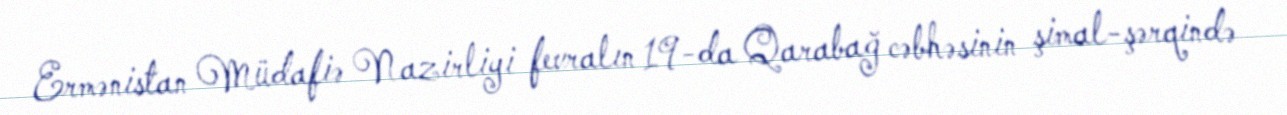
Ermənistan Müdafiə Nazirliyi fevralın 19-da Qarabağ cəbhəsinin şimal-şərqində